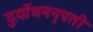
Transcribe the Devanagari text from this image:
दुर्योधननृपती